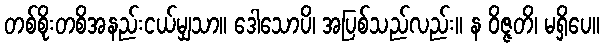
တစ်စိုးတစိအနည်းငယ်မျှသာ။ ဒေါသောပိ၊ အပြစ်သည်လည်း။ န ဝိဇ္ဇတိ၊ မရှိပေ။